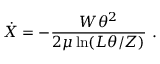
\dot { X } = - \frac { W \theta ^ { 2 } } { 2 \mu \ln ( L \theta / Z ) } \ .